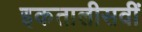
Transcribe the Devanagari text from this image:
इकतालीसवीं